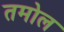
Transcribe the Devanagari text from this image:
तमोल